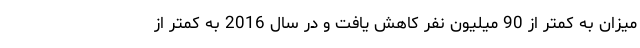
میزان به کمتر از 90 میلیون نفر کاهش یافت و در سال 2016 به کمتر از